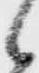
候